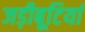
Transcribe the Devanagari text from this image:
जड़ीबूटियां